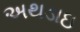
અથડાઇ